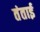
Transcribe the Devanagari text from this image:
तंताई